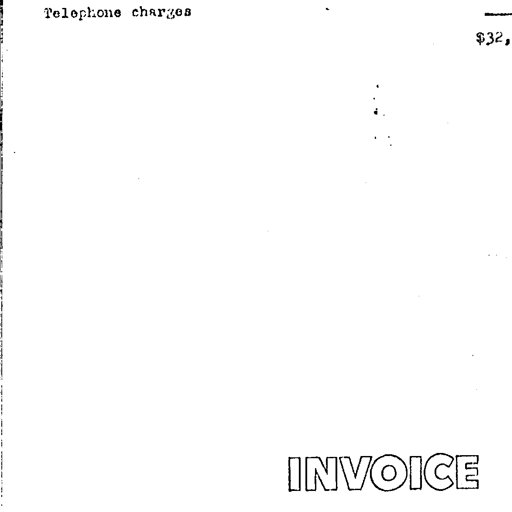
Telephone charges
$32,
INVOICE